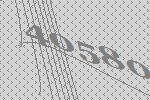
40580